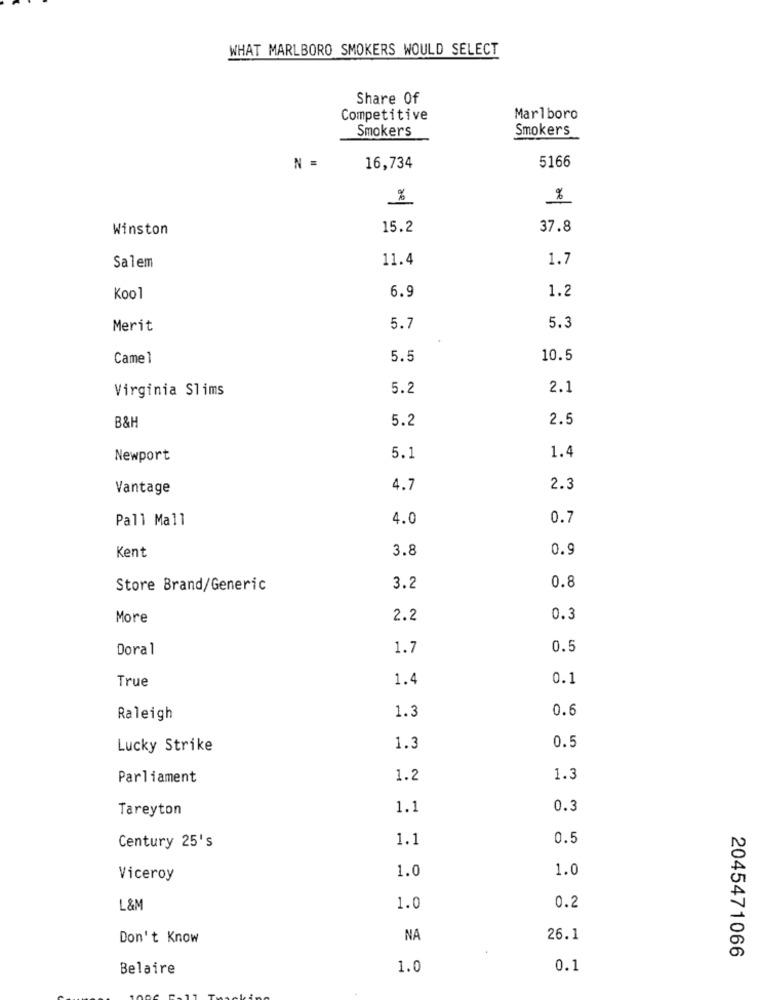
WHAT MARLBORO SMOKERS WOULD SELECT
Share Of
Competitive
Marlboro
Smokers
Smokers
N =
5166
16,734
%
%
Winston
15.2
37.8
11.4
1.7
Salem
1.2
Kool
6.9
Merit
5.7
5.3
Came 1
5.5
10.5
Virginia Slims
5.2
2.1
B&H
5.2
2.5
Newport
5.1
1.4
Vantage
4.7
2.3
Pall Mall
4.0
0.7
Kent
3.8
0.9
Store Brand/Generic
3.2
0.8
More
2.2
0.3
Doral
1.7
0.5
True
1.4
0.1
1.3
0.6
Raleigh
0.5
Lucky Strike
1.3
Parliament
1.2
1.3
Tareyton
1.1
0.3
1.1
0.5
Century 25's
1.0
1.0
Viceroy
L&M
1.0
0.2
Don't Know
NA
26.1
2045471066
Belaire
1.0
0.1